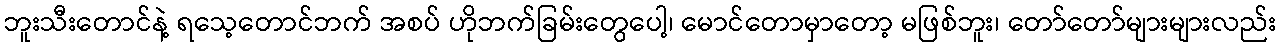
ဘူးသီးတောင်နဲ့ ရသေ့တောင်ဘက် အစပ် ဟိုဘက်ခြမ်းတွေပေါ့၊ မောင်တောမှာတော့ မဖြစ်ဘူး၊ တော်တော်များများလည်း